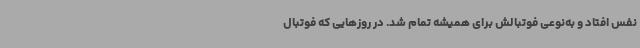
نفس افتاد و به‌نوعی فوتبالش برای همیشه تمام شد. در روزهایی که فوتبال